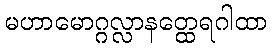
မဟာမောဂ္ဂလ္လာနတ္ထေရဂါထာ